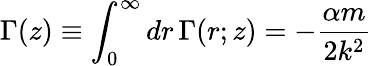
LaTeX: \Gamma(z)\equiv\int_{0}^{\infty}dr\, \Gamma(r;z)=-\frac{\alpha m}{2k^{2}}